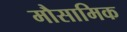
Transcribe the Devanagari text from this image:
मौसामिक